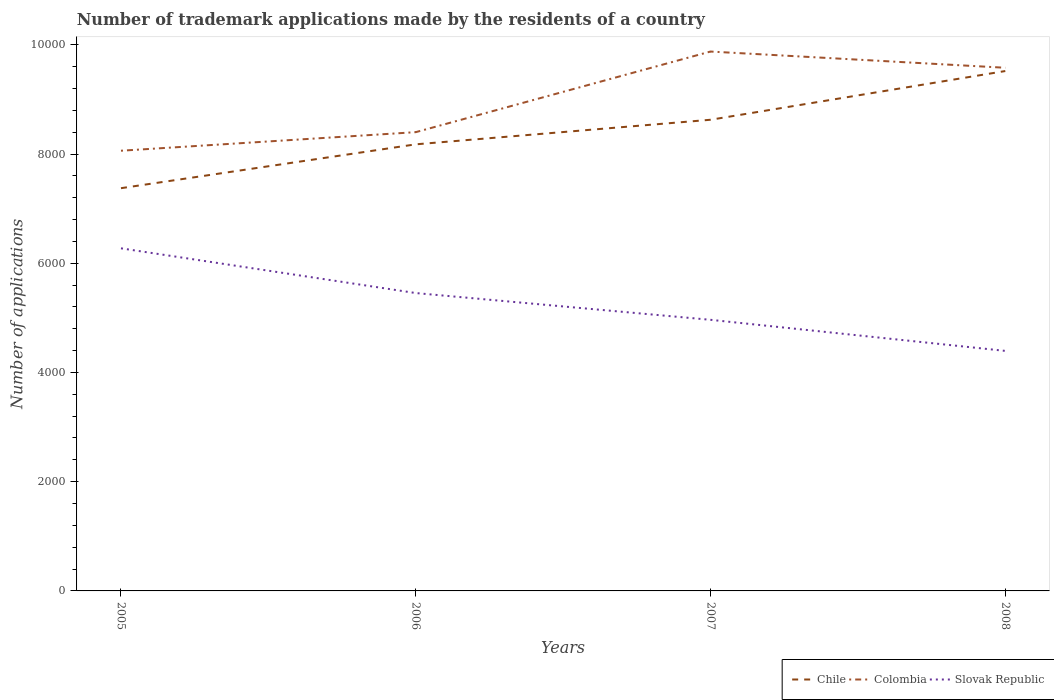
| Years | Chile | Colombia | Slovak Republic |
 | --- | --- | --- | --- |
 | 2005 | 7.37e+03 | 8.06e+03 | 6.27e+03 |
 | 2006 | 8.18e+03 | 8.4e+03 | 5.45e+03 |
 | 2007 | 8.63e+03 | 9.88e+03 | 4.96e+03 |
 | 2008 | 9.52e+03 | 9.58e+03 | 4.4e+03 |